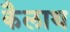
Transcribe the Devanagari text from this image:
कैलाथ